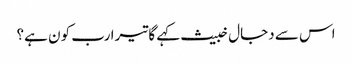
اس سے دجال خبیث کہے گا تیرا رب کون ہے؟